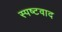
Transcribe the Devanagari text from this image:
स्पष्टवाद